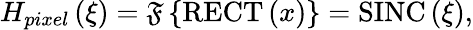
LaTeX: H_{pixel}\left(\xi\right)=\mathfrak{F}\left\{ \textup{RECT}\left(x\right)\right\} =\textup{SINC}\left(\xi\right),